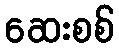
ဆေးစစ်